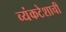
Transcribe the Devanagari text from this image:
व्यंकटेशाची